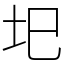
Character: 圯